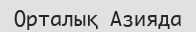
Орталық Азияда